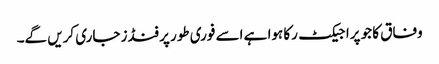
وفاق کا جو پراجیکٹ رکا ہوا ہے اسے فوری طور پر فنڈز جاری کریں گے۔